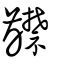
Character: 齽